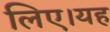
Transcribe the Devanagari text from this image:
लिए।यह